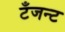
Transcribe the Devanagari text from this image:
टँजन्ट